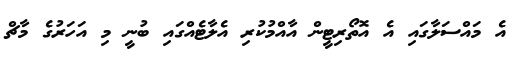
އެ މައްސަލާގައި އެ އޮތޯރިޓީން އާއްމުކުރި އެލާޓެއްގައި ބުނީ މި އަހަރުގެ މާޗް